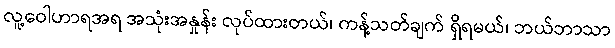
လူ့ဝေါဟာရအရ အသုံးအနှုန်း လုပ်ထားတယ်၊ ကန့်သတ်ချက် ရှိရမယ်၊ ဘယ်ဘာသာ